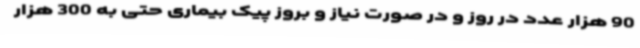
90 هزار عدد در روز و در صورت نیاز و بروز پیک بیماری حتی به 300 هزار